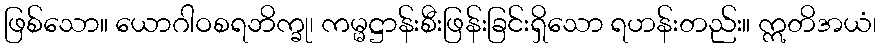
ဖြစ်သော။ ယောဂါဝစရဘိက္ခု၊ ကမ္မဋ္ဌာန်းစီးဖြန်းခြင်းရှိသော ရဟန်းတည်း။ ဣတိအယံ၊